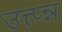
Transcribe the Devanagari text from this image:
उत्त्प्न्न